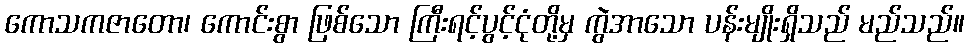
ကောသကဇာတော၊ ကောင်းစွာ ဖြစ်သော ကြီးရင့်ပွင့်ငုံတို့မှ ကွဲအာသော ပန်းမျိုးရှိသည် မည်သည်။